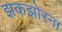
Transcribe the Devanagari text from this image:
झकझोरना